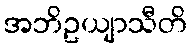
အဘိဥယျာသီတိ